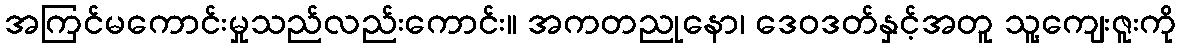
အကြင်မကောင်းမှုသည်လည်းကောင်း။ အကတညုနော၊ ဒေဝဒတ်နှင့်အတူ သူ့ကျေးဇူးကို